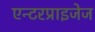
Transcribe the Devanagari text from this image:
एन्टरप्राइजेज